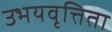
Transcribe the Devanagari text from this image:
उभयवृत्तिता